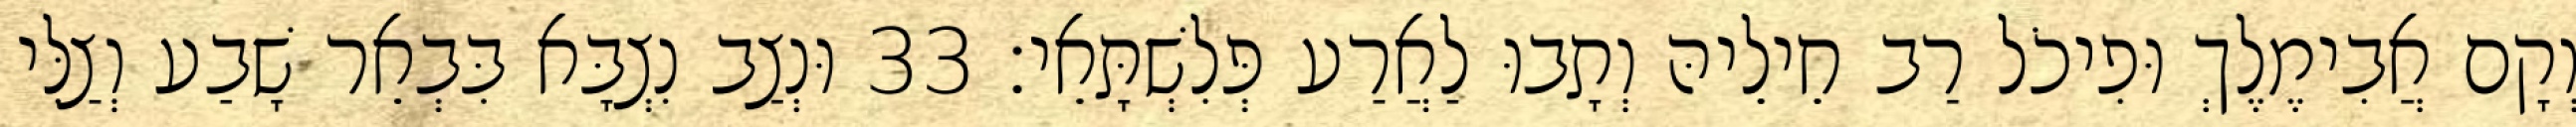
וְקָם אֲבִימֶלֶךְ וּפִיכֹל רַב חֵילֵיהּ וְתָבוּ לַאֲרַע פְּלִשְׁתָּאֵי׃ 33 וּנְצַב נִצְבָּא בִּבְאֵר שָׁבַע וְצַלִּי